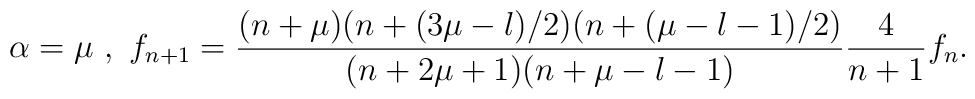
\alpha = \mu \ ,\  f_{n+1} =\frac{(n+\mu)(n+(3\mu-l)/2)(n+(\mu-l-1)/2)}{(n+2\mu+1)(n+\mu-l-1)} \frac{4}{n+1}f_n.